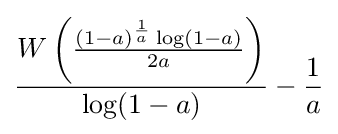
{\frac {W\left({\frac {(1-a)^{\frac {1}{a}}\log(1-a)}{2a}}\right)}{\log(1-a)}}-{\frac {1}{a}}